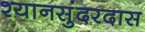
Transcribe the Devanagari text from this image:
श्यानसुंदरदास